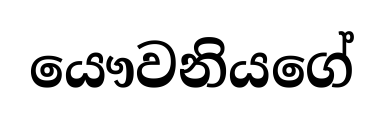
යෞවනියගේ